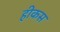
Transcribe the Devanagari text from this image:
हीकस